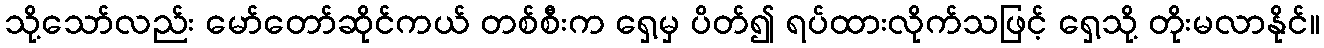
သို့သော်လည်း မော်တော်ဆိုင်ကယ် တစ်စီးက ရှေ့မှ ပိတ်၍ ရပ်ထားလိုက်သဖြင့် ရှေ့သို့ တိုးမလာနိုင်။